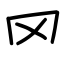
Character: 罓